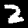
Label: 2